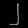
Digit: ၂